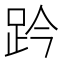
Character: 趻